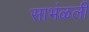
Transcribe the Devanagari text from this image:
साभंळली